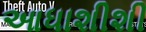
આધાશીશી